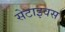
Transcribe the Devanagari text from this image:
सेटाइवस